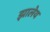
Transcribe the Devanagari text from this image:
झालेय